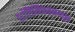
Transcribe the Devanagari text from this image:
शांतिनिकेतनमधून